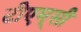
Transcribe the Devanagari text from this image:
टीएम्‌सी